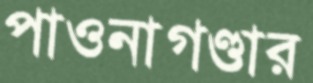
পাওনাগণ্ডার